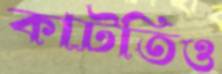
কাটতিও